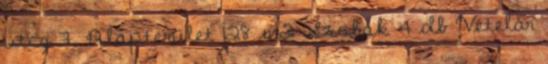
utca 7. Alapterület 128 m2 Szobák 4 db Vételár